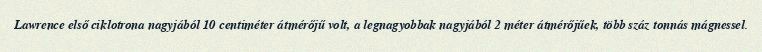
Lawrence első ciklotrona nagyjából 10 centiméter átmérőjű volt, a legnagyobbak nagyjából 2 méter átmérőjűek, több száz tonnás mágnessel.